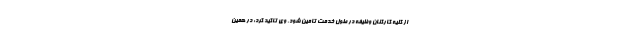
از کلیه کارکنان وظیفه در طول خدمت تامین شود. وی تاکید کرد: در همین